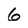
Character: 6